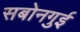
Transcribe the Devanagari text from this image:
सबोनगुई